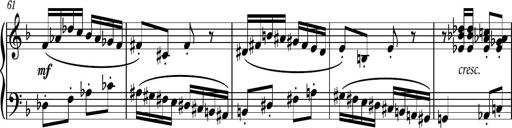
Title: Piano Sonatina No.8
Composer: Dimitri Sykias
Key: F major